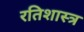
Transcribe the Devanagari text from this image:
रतिशास्त्र